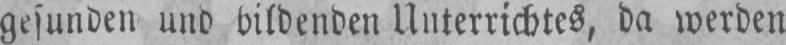
gesunden und bildenden Unterrichtes, da werden